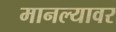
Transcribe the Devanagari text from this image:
मानल्यावर